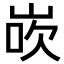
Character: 𪨸